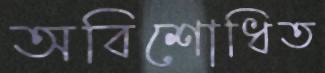
অবিশোধিত